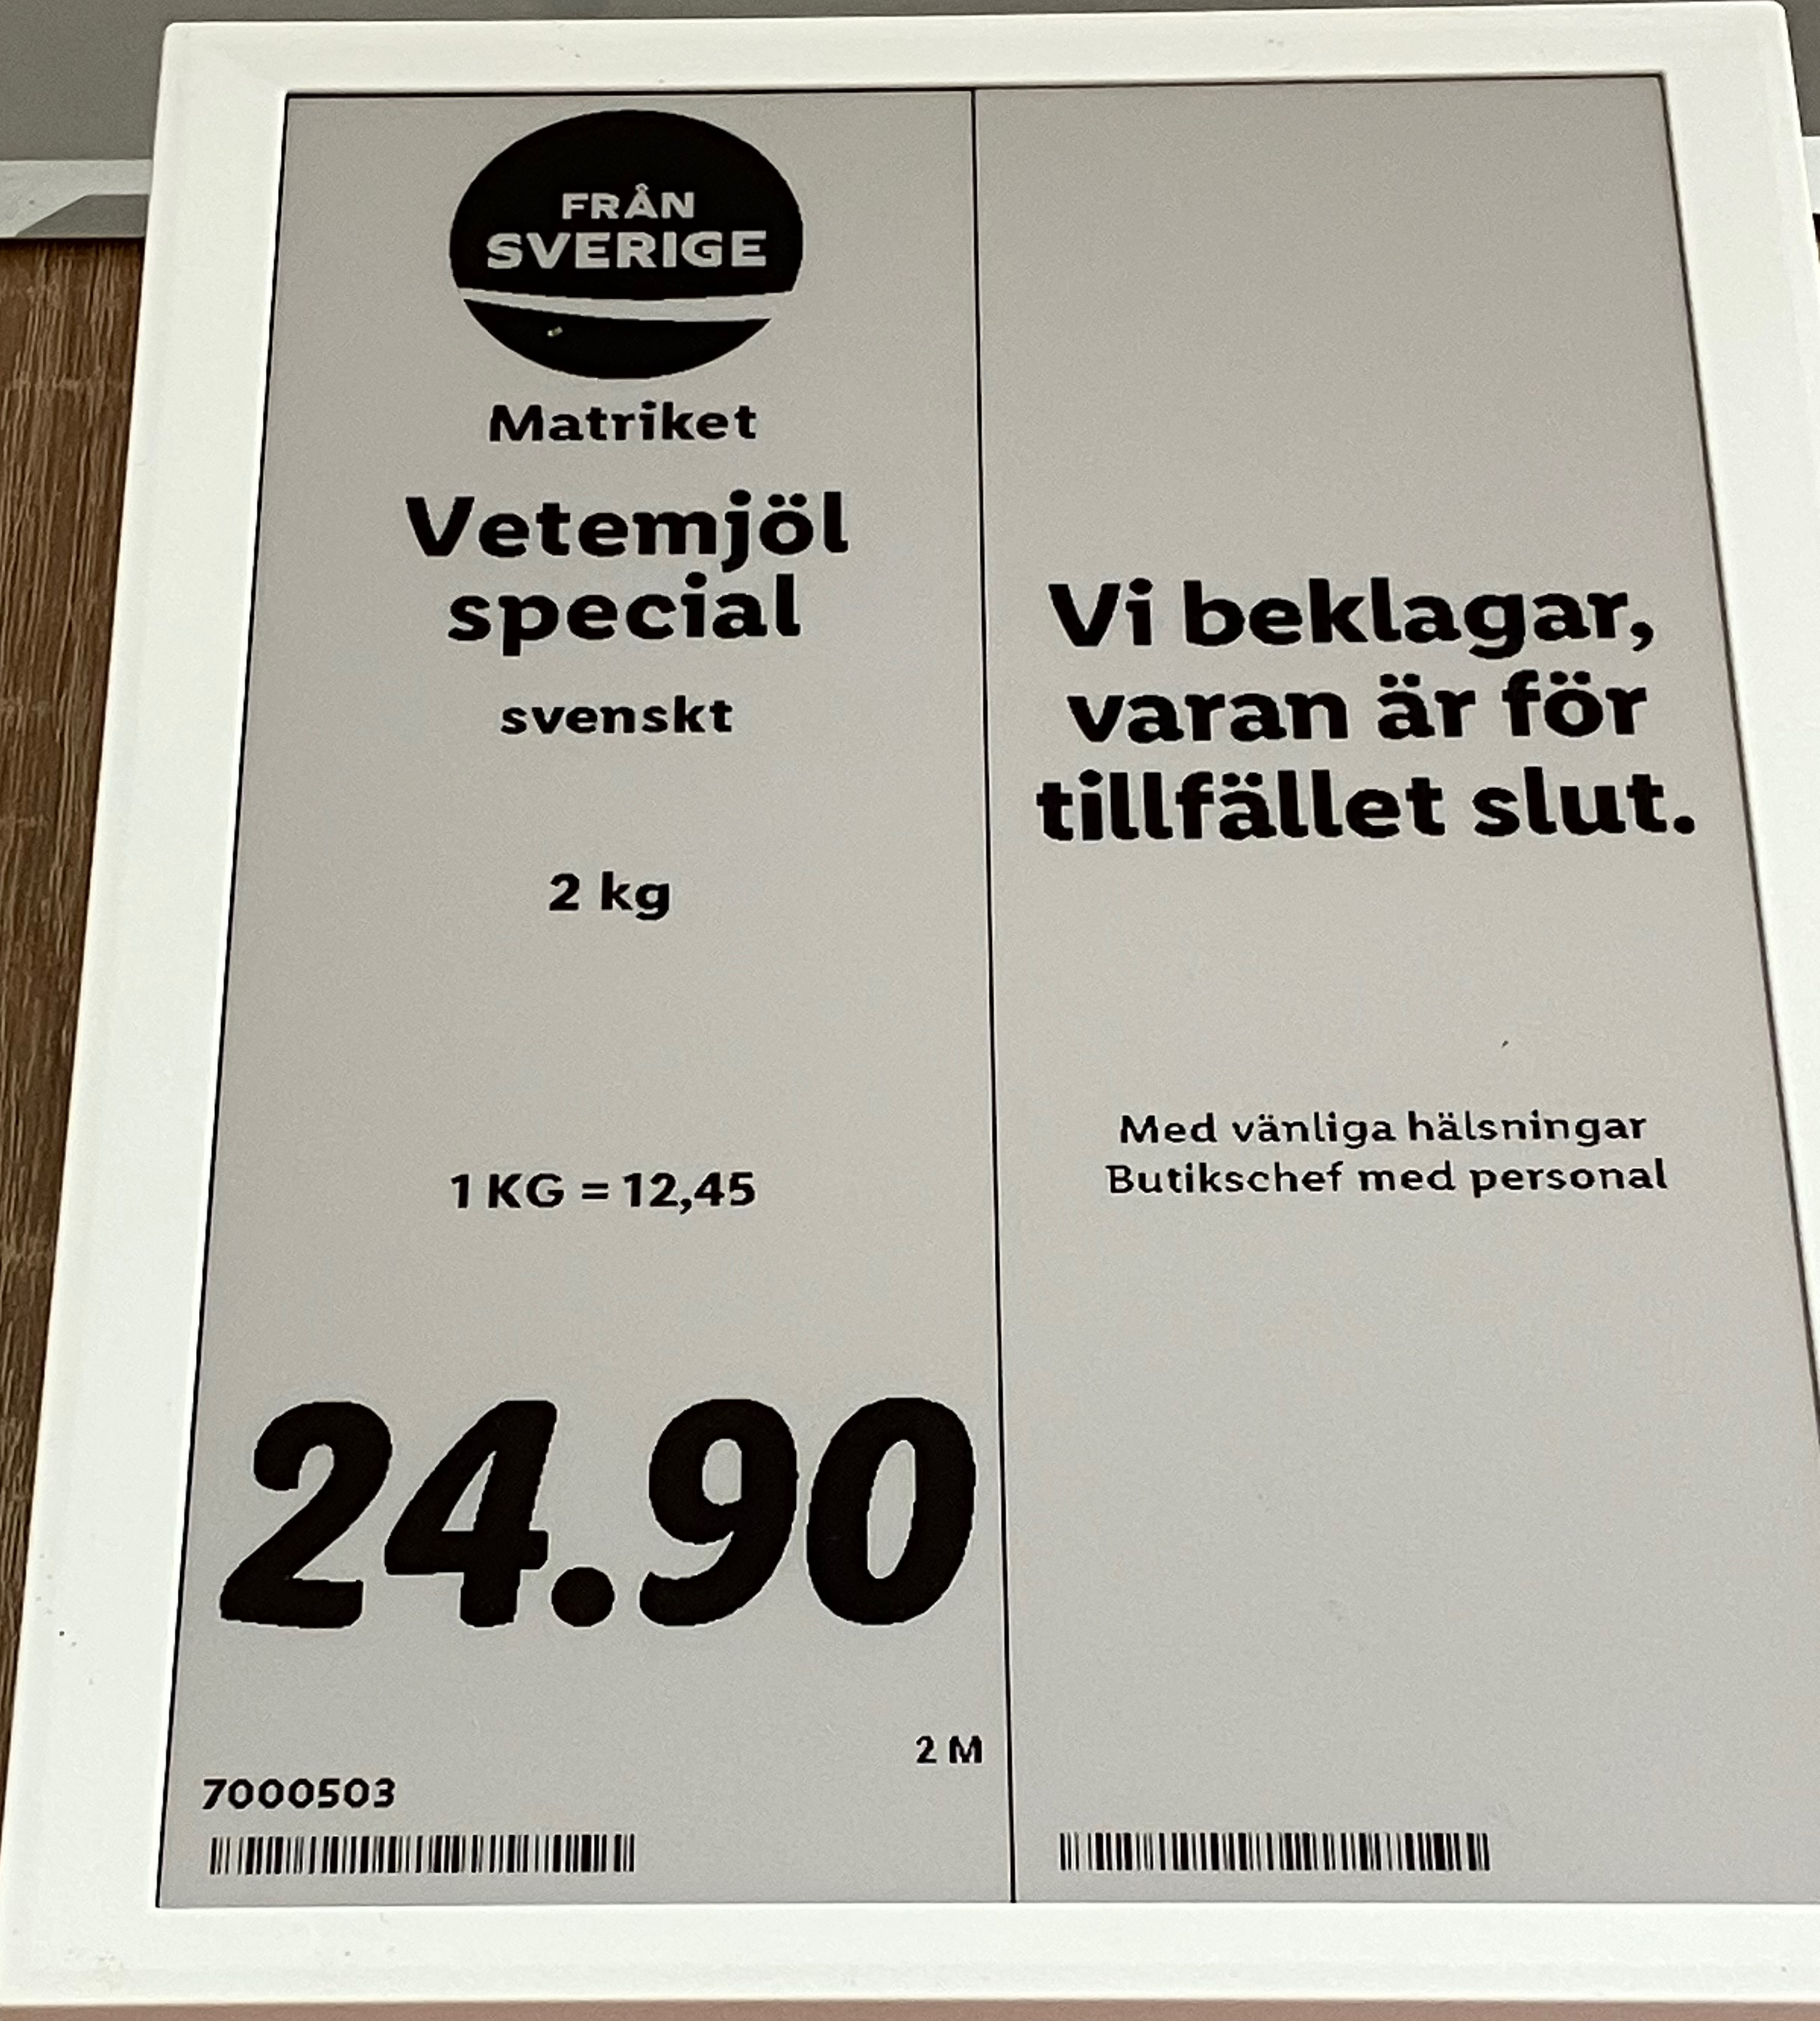
Vara: Vetemjöl special
Genomsnittspris: 12.45 per kg